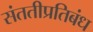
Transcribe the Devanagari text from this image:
संततीप्रतिबंध